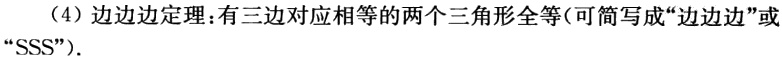
（4）边边边定理：有三边对应相等的两个三角形全等(可简写成“边边边”或“SSS”).